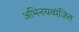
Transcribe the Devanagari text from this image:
अभिनयव्यंजित